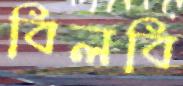
বিলবি